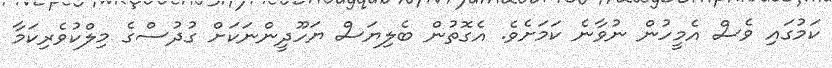
ކަމުގައި ވެސް އެމީހުން ނުވާނެ ކަމަށެވެ. އެގޮތުން ބެލިޔަސް ޔަހޫދީންނަކަށް ގުދުސްގެ މިލްކުވެރިކަމާ